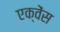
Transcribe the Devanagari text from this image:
एक्वेंस